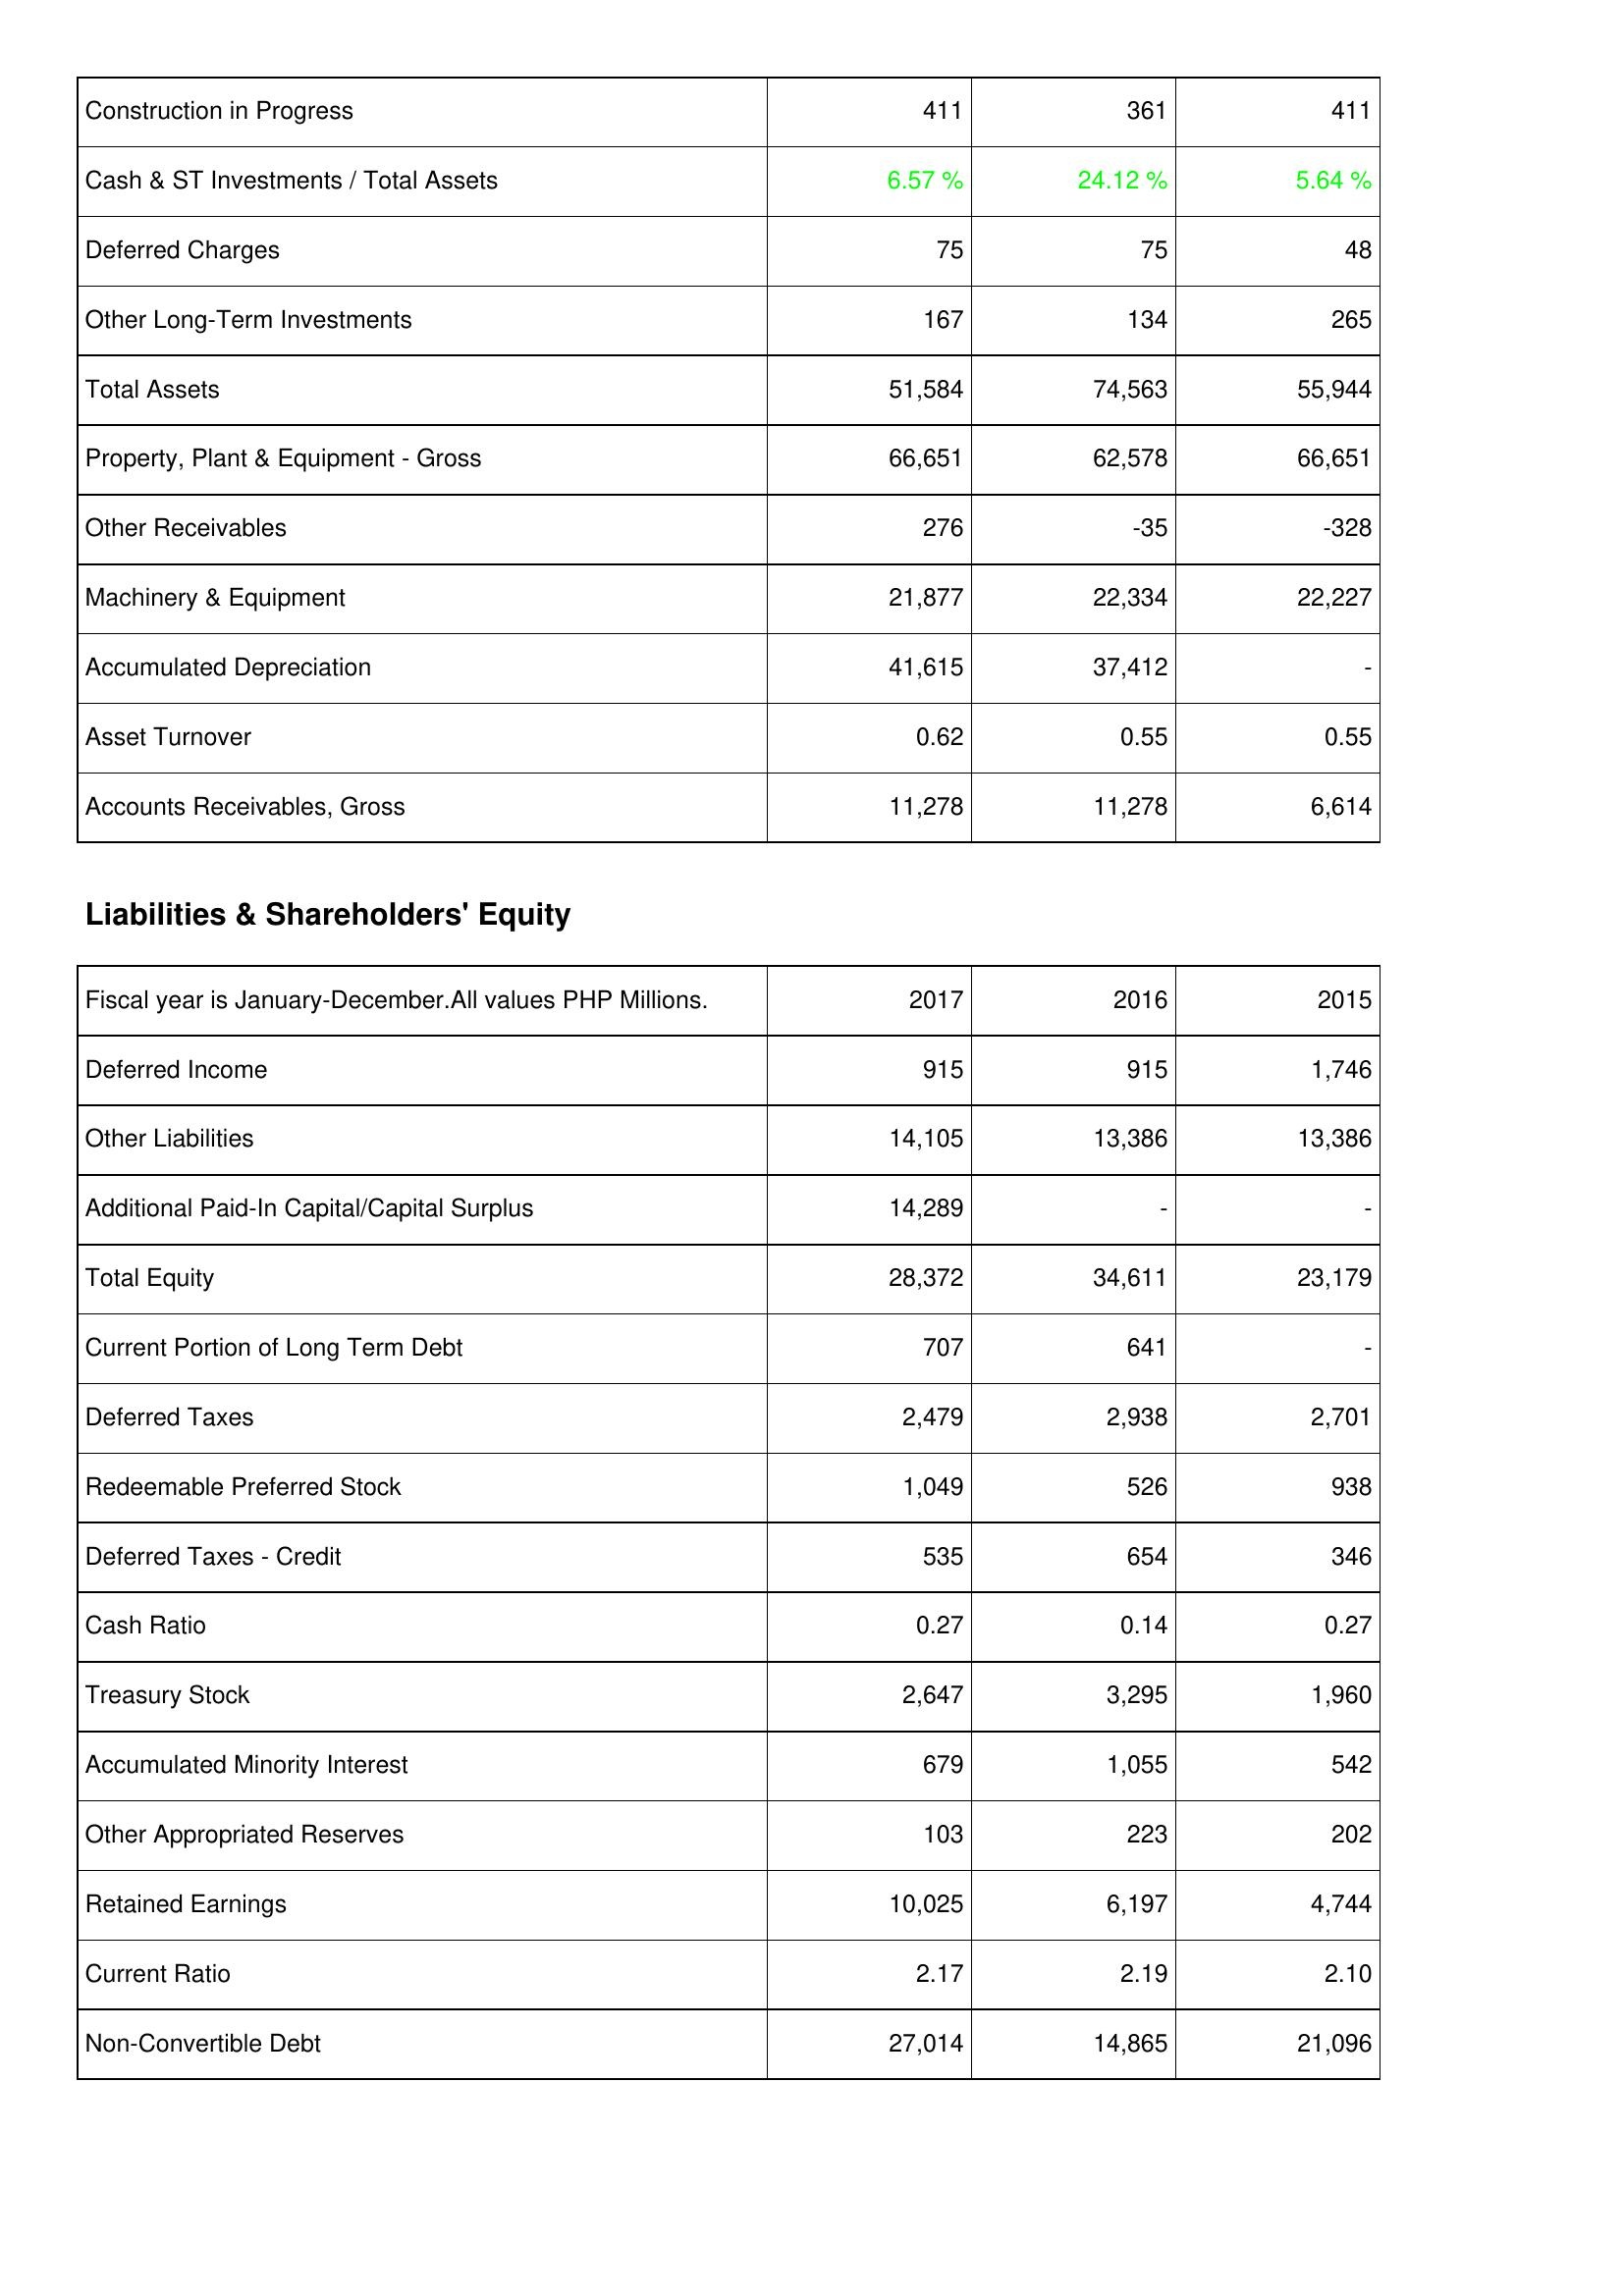
2017: Assets: Construction in Progress: 411
Cash & ST Investments / Total Assets: 6.57 %
Deferred Charges: 75
Other Long-Term Investments: 167
Total Assets: 51,584
Property, Plant & Equipment - Gross: 66,651
Other Receivables: 276
Machinery & Equipment: 21,877
Accumulated Depreciation: 41,615
Asset Turnover: 0.62
Accounts Receivables, Gross: 11,278
Liabilities & Shareholders' Equity: Deferred Income: 915
Other Liabilities: 14,105
Additional Paid-In Capital/Capital Surplus: 14,289
Total Equity: 28,372
Current Portion of Long Term Debt: 707
Deferred Taxes: 2,479
Redeemable Preferred Stock: 1,049
Deferred Taxes - Credit: 535
Cash Ratio: 0.27
Treasury Stock: 2,647
Accumulated Minority Interest: 679
Other Appropriated Reserves: 103
Retained Earnings: 10,025
Current Ratio: 2.17
Non-Convertible Debt: 27,014
2016: Assets: Construction in Progress: 361
Cash & ST Investments / Total Assets: 24.12 %
Deferred Charges: 75
Other Long-Term Investments: 134
Total Assets: 74,563
Property, Plant & Equipment - Gross: 62,578
Other Receivables: -35
Machinery & Equipment: 22,334
Accumulated Depreciation: 37,412
Asset Turnover: 0.55
Accounts Receivables, Gross: 11,278
Liabilities & Shareholders' Equity: Deferred Income: 915
Other Liabilities: 13,386
Additional Paid-In Capital/Capital Surplus: -
Total Equity: 34,611
Current Portion of Long Term Debt: 641
Deferred Taxes: 2,938
Redeemable Preferred Stock: 526
Deferred Taxes - Credit: 654
Cash Ratio: 0.14
Treasury Stock: 3,295
Accumulated Minority Interest: 1,055
Other Appropriated Reserves: 223
Retained Earnings: 6,197
Current Ratio: 2.19
Non-Convertible Debt: 14,865
2015: Assets: Construction in Progress: 411
Cash & ST Investments / Total Assets: 5.64 %
Deferred Charges: 48
Other Long-Term Investments: 265
Total Assets: 55,944
Property, Plant & Equipment - Gross: 66,651
Other Receivables: -328
Machinery & Equipment: 22,227
Accumulated Depreciation: -
Asset Turnover: 0.55
Accounts Receivables, Gross: 6,614
Liabilities & Shareholders' Equity: Deferred Income: 1,746
Other Liabilities: 13,386
Additional Paid-In Capital/Capital Surplus: -
Total Equity: 23,179
Current Portion of Long Term Debt: -
Deferred Taxes: 2,701
Redeemable Preferred Stock: 938
Deferred Taxes - Credit: 346
Cash Ratio: 0.27
Treasury Stock: 1,960
Accumulated Minority Interest: 542
Other Appropriated Reserves: 202
Retained Earnings: 4,744
Current Ratio: 2.10
Non-Convertible Debt: 21,096